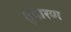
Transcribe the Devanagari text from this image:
तुषारण